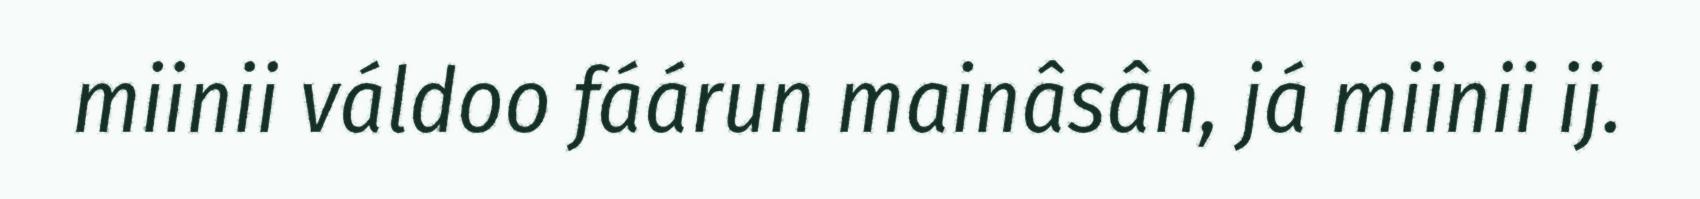
miinii váldoo fáárun mainâsân, já miinii ij.